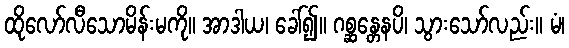
ထိုလော်လီသောမိန်းမကို။ အာဒါယ၊ ခေါ်၍။ ဂစ္ဆန္တေနပိ၊ သွားသော်လည်း။ မံ၊